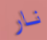
نار